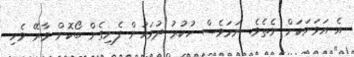
އެ އަވަށަކަށް ނެތެވެ. ނަމަވެސް ހުކުރު ދުވަހުން ފެށިގެން ބޯކޮށް ވާރޭ ވެހި